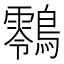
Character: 䴇